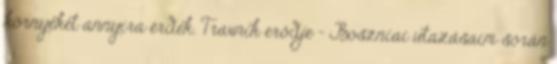
környékét annyira érdek. Travnik erődje - Boszniai utazásaim során